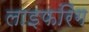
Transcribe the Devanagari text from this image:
लाइफरिंग